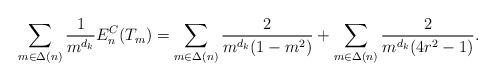
LaTeX: \begin{align*}\sum_{m \in \Delta(n) } \frac{1}{m^{d_k}} E_n^{C}(T_m) = \sum_{m\in \Delta(n) } \frac{2}{m^{d_k} (1 - m^2) } + \sum_{m \in \Delta(n)} \frac{2}{m^{d_k}(4r^2 - 1)}.\end{align*}